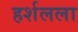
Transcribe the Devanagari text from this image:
हर्शलला